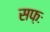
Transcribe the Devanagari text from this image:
सफ़ः